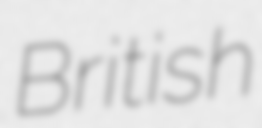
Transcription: British